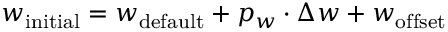
w _ { \mathrm { i n i t i a l } } = w _ { \mathrm { d e f a u l t } } + p _ { w } \cdot \Delta w + w _ { \mathrm { o f f s e t } }